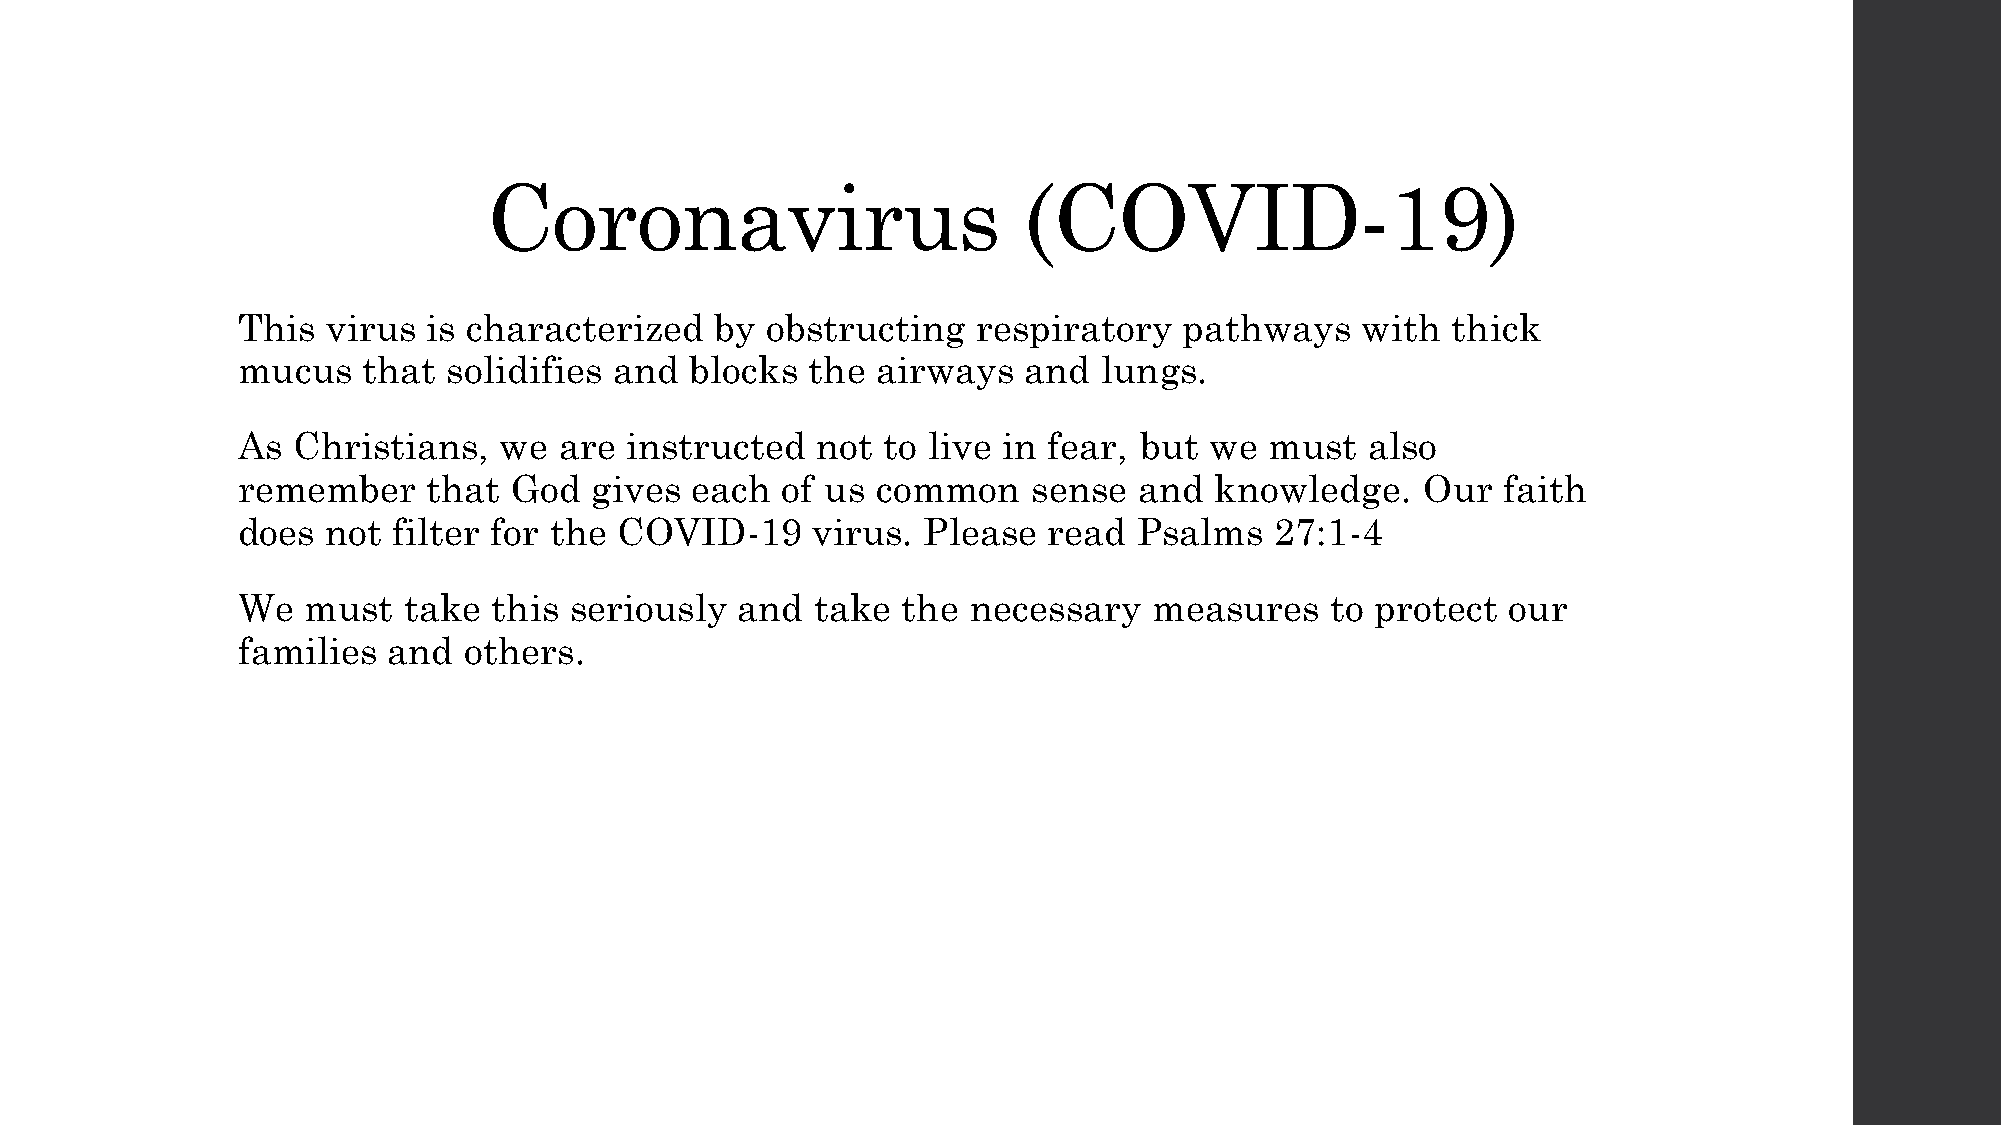
Coronavirus                         (COVID-19)
 This  virus is characterized   by  obstructing   respiratory  pathways    with  thick
 mucus   that  solidifies and  blocks  the airways   and  lungs.
 As Christians,   we  are instructed   not to live in fear, but  we  must   also
 remember    that  God  gives  each  of us common    sense  and  knowledge.    Our  faith
 does  not filter for the COVID-19     virus. Please  read  Psalms   27:1-4
 We  must   take  this seriously  and  take  the necessary   measures    to protect  our
 families  and  others.